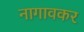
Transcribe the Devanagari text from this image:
नागावकर